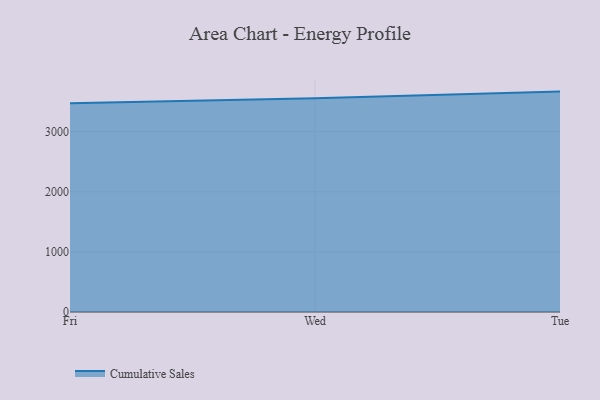
{"axis": {"x": "Day", "y": "Bounce Rate (%)"}, "legend": ["Cumulative Sales"], "data": [{"x": "Fri", "y": 3471.9, "type": "Cumulative Sales"}, {"x": "Wed", "y": 3553.7, "type": "Cumulative Sales"}, {"x": "Tue", "y": 3665.9, "type": "Cumulative Sales"}]}